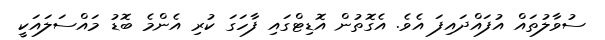
ސުވާލުތައް އުފައްދައިފަ އެވެ. އެގޮތުން އޮޑިޓްގައި ފާހަގަ ކުރި އެންމެ ބޮޑު މައްސަލައަކީ